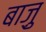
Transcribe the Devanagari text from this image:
बाज़ु